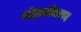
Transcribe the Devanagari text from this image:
जंहागीराबाद